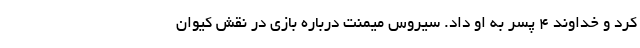
کرد و خداوند ۴ پسر به او داد. سیروس میمنت درباره بازی در نقش کیوان